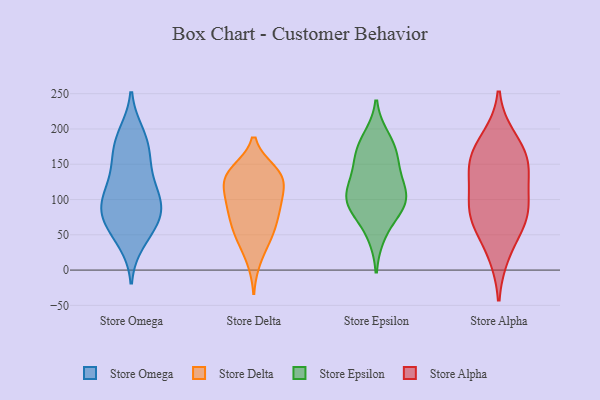
{"axis": {"x": "Temperature (°C)", "y": "Value"}, "legend": ["Store Alpha", "Store Delta", "Store Epsilon", "Store Omega"], "data": [{"x": "", "y": 80, "type": "Store Omega"}, {"x": "", "y": 101, "type": "Store Omega"}, {"x": "", "y": 134, "type": "Store Omega"}, {"x": "", "y": 145, "type": "Store Omega"}, {"x": "", "y": 80, "type": "Store Omega"}, {"x": "", "y": 175, "type": "Store Omega"}, {"x": "", "y": 188, "type": "Store Omega"}, {"x": "", "y": 40, "type": "Store Omega"}, {"x": "", "y": 97, "type": "Store Omega"}, {"x": "", "y": 97, "type": "Store Omega"}, {"x": "", "y": 193, "type": "Store Omega"}, {"x": "", "y": 112, "type": "Store Omega"}, {"x": "", "y": 53, "type": "Store Omega"}, {"x": "", "y": 62, "type": "Store Omega"}, {"x": "", "y": 162, "type": "Store Omega"}, {"x": "", "y": 78, "type": "Store Omega"}, {"x": "", "y": 14, "type": "Store Delta"}, {"x": "", "y": 107, "type": "Store Delta"}, {"x": "", "y": 88, "type": "Store Delta"}, {"x": "", "y": 140, "type": "Store Delta"}, {"x": "", "y": 135, "type": "Store Delta"}, {"x": "", "y": 127, "type": "Store Delta"}, {"x": "", "y": 135, "type": "Store Delta"}, {"x": "", "y": 44, "type": "Store Delta"}, {"x": "", "y": 52, "type": "Store Delta"}, {"x": "", "y": 51, "type": "Store Delta"}, {"x": "", "y": 134, "type": "Store Delta"}, {"x": "", "y": 100, "type": "Store Delta"}, {"x": "", "y": 70, "type": "Store Delta"}, {"x": "", "y": 132, "type": "Store Delta"}, {"x": "", "y": 80, "type": "Store Delta"}, {"x": "", "y": 95, "type": "Store Delta"}, {"x": "", "y": 186, "type": "Store Epsilon"}, {"x": "", "y": 92, "type": "Store Epsilon"}, {"x": "", "y": 170, "type": "Store Epsilon"}, {"x": "", "y": 90, "type": "Store Epsilon"}, {"x": "", "y": 167, "type": "Store Epsilon"}, {"x": "", "y": 103, "type": "Store Epsilon"}, {"x": "", "y": 144, "type": "Store Epsilon"}, {"x": "", "y": 51, "type": "Store Epsilon"}, {"x": "", "y": 108, "type": "Store Epsilon"}, {"x": "", "y": 129, "type": "Store Epsilon"}, {"x": "", "y": 96, "type": "Store Epsilon"}, {"x": "", "y": 67, "type": "Store Alpha"}, {"x": "", "y": 185, "type": "Store Alpha"}, {"x": "", "y": 87, "type": "Store Alpha"}, {"x": "", "y": 25, "type": "Store Alpha"}, {"x": "", "y": 165, "type": "Store Alpha"}, {"x": "", "y": 132, "type": "Store Alpha"}, {"x": "", "y": 81, "type": "Store Alpha"}, {"x": "", "y": 153, "type": "Store Alpha"}, {"x": "", "y": 85, "type": "Store Alpha"}, {"x": "", "y": 146, "type": "Store Alpha"}]}